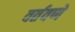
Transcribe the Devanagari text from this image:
वर्तवणे